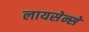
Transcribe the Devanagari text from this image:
लायसेन्से